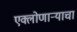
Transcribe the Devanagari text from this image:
एक्लोणार्‍याचा